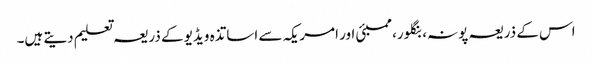
اس کے ذریعہ پونہ، بنگلور، ممبئی اور امریکہ سے اساتذہ ویڈیو کے ذریعہ تعلیم دیتے ہیں۔